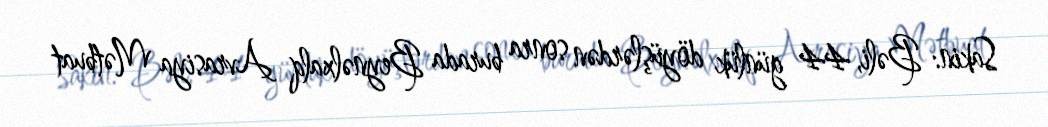
Sakin: Bəli, 44 günlük döyüşlərdən sonra burada Beynəlxalq Avrasiya Mətbuat